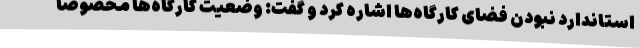
استاندارد نبودن فضای کارگاه‌ها اشاره کرد و گفت: وضعیت کارگاه‌ها مخصوصا